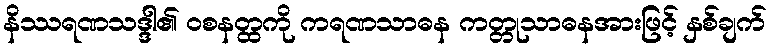
နိဿရဏသဒ္ဒါ၏ ဝစနတ္ထကို ကရဏသာဓန ကတ္တုသာဓနအားဖြင့် နှစ်ချက်